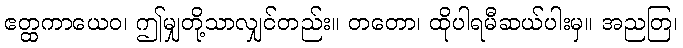
ဧတ္ထကာယေဝ၊ ဤမျှတို့သာလျှင်တည်း။ တတော၊ ထိုပါရမီဆယ်ပါးမှ။ အညတြ၊